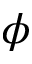
\phi